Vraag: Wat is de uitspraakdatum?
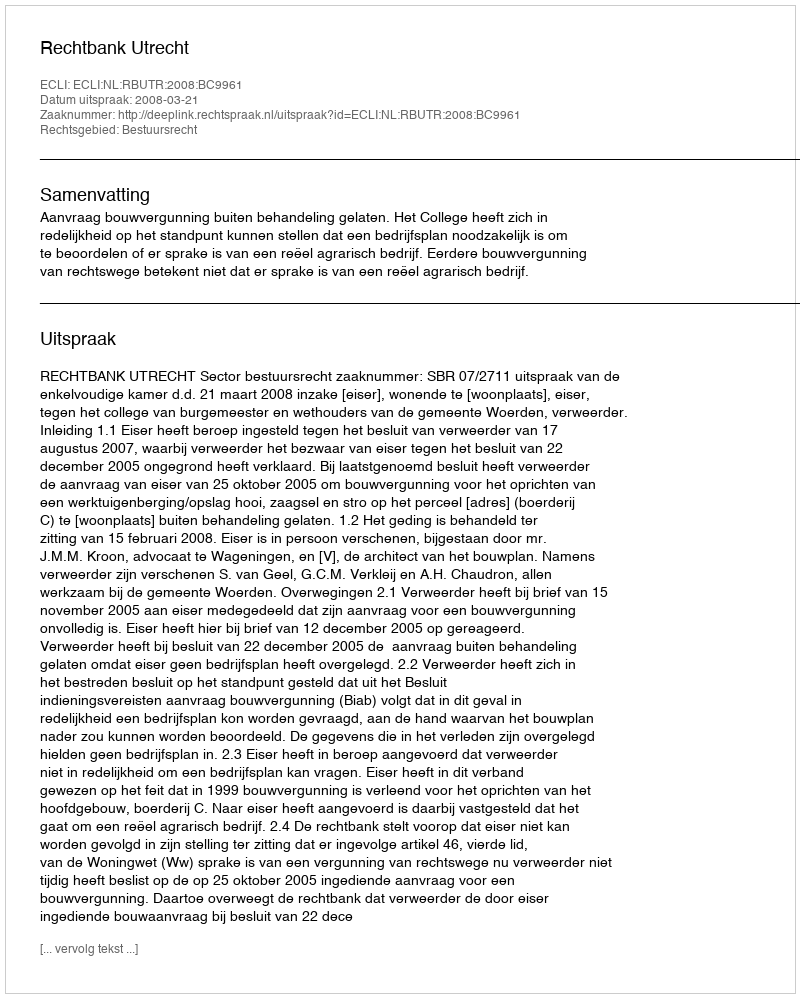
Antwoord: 2008-03-21